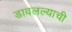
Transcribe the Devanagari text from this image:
डावलल्याची